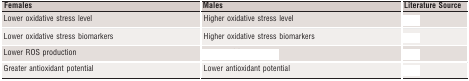
<table><thead><tr><td><b>Females</b></td><td><b>Males</b></td><td><b>Literature Source</b></td></tr></thead><tbody><tr><td>Lower oxidative stress level</td><td>Higher oxidative stress level</td><td>[EMPTY_CELL]</td></tr><tr><td>Lower oxidative stress biomarkers</td><td>Higher oxidative stress biomarkers</td><td>[EMPTY_CELL]</td></tr><tr><td>Lower ROS production</td><td>[EMPTY_CELL]</td><td>[EMPTY_CELL]</td></tr><tr><td>Greater antioxidant potential</td><td>Lower antioxidant potential</td><td>[EMPTY_CELL]</td></tr></tbody></table>